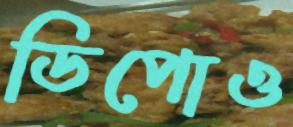
ডিপোও